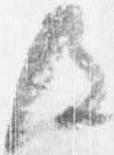
及